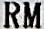
RM